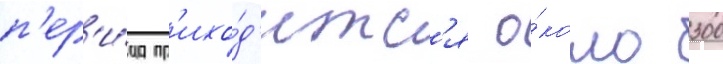
п'ер'и́од пр'ихо́д'итс'я о́коло 300